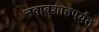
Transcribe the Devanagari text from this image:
नवाबशाहपर्यंत